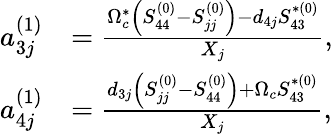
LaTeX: \begin{array}{rl}{a_{3j}^{(1)}}&{=\frac{\Omega_{c}^{\ast}\left(S_{44}^{(0)}-S_{jj}^{(0)}\right)-d_{4j}S_{43}^{\ast(0)}}{X_{j}},}\\ {a_{4j}^{(1)}}&{=\frac{d_{3j}\left(S_{jj}^{(0)}-S_{44}^{(0)}\right)+\Omega_{c}S_{43}^{\ast(0)}}{X_{j}},}\end{array}